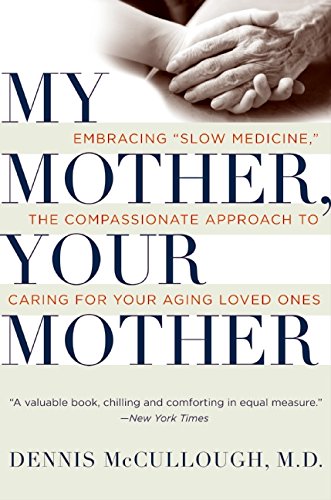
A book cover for My Mother, Your Mother: Embracing "Slow Medicine," the Compassionate Approach to Caring for Your Aging Loved Ones; Dennis McCullough; Parenting & Relationships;